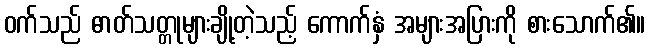
ဝက်သည် ဓာတ်သတ္တုများချို့တဲ့သည့် ကောက်နှံ အများအပြားကို စားသောက်၏။